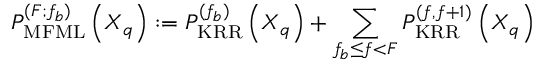
P _ { \mathrm { M F M L } } ^ { ( F ; f _ { b } ) } \left( \boldsymbol { X } _ { q } \right) : = P _ { \mathrm { K R R } } ^ { ( f _ { b } ) } \left( \boldsymbol { X } _ { q } \right) + \sum _ { f _ { b } \leq f < F } P _ { \mathrm { K R R } } ^ { ( f , f + 1 ) } \left( \boldsymbol { X } _ { q } \right)